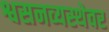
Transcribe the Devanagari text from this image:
श्वसनव्यस्थेवर